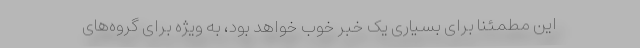
این مطمئناً برای بسیاری یک خبر خوب خواهد بود، به ویژه برای گروه‌های